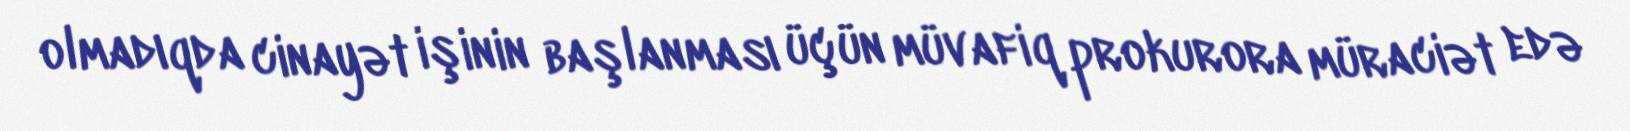
olmadıqda cinayət işinin başlanması üçün müvafiq prokurora müraciət edə